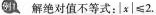
例1 解绝对值不等式： \left | x \right | ≤2.